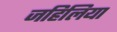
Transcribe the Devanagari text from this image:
जहिलिया